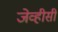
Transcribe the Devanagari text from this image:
जेव्हीसी